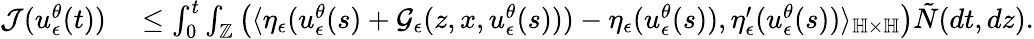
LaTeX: \begin{array}{rl}{\mathcal{J}(u_{\epsilon}^{\theta}(t))}&{{}\leq\int_{0}^{t}\int_{\mathbb{Z}}\left(\langle\eta_{\epsilon}(u_{\epsilon}^{\theta}(s)+\mathcal{G}_{\epsilon}(z,x,u_{\epsilon}^{\theta}(s)))-\eta_{\epsilon}(u_{\epsilon}^{\theta}(s)),\eta_{\epsilon}^{\prime}(u_{\epsilon}^{\theta}(s))\rangle_{\mathbb{H}\times\mathbb{H}}\right)\tilde{N}(dt,dz).}\end{array}